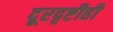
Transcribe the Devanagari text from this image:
दूरदृष्टीही